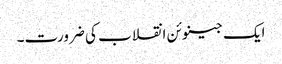
ایک جینوئن انقلاب کی ضرورت۔